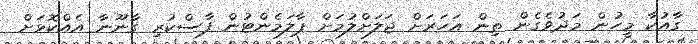
ގާއުކާ މީހުން މަދުވެގެން ތިން އަހަރަށް ޖަލަށްލުމަށް ޕާލަމެންޓުން ފާސްކުރި ގާނޫނާ އެއްކޮޅަށް